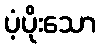
ပံ့ပိုးသော